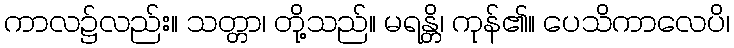
ကာလ၌လည်း။ သတ္တာ၊ တို့သည်။ မရန္တိ၊ ကုန်၏။ ပေသိကာလေပိ၊